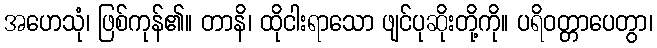
အဟေသုံ၊ ဖြစ်ကုန်၏။ တာနိ၊ ထိုငါးရာသော ဖျင်ပုဆိုးတို့ကို။ ပရိဝတ္တာပေတွာ၊